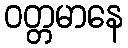
ဝတ္တမာနေ